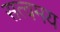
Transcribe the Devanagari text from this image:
सत्वमय